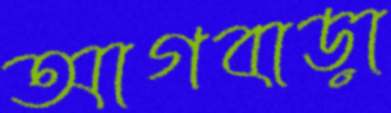
আগবাড়া